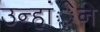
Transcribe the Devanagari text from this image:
उन्हांेने